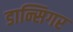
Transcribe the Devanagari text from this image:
डान्सिगर